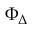
\Phi _ { \Delta }